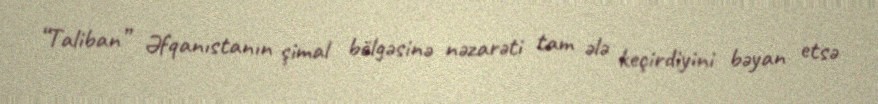
“Taliban” Əfqanıstanın şimal bölgəsinə nəzarəti tam ələ keçirdiyini bəyan etsə